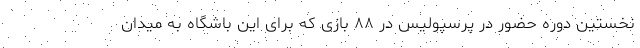
نخستین دوره حضور در پرسپولیس در ۸۸ بازی که برای این باشگاه به میدان